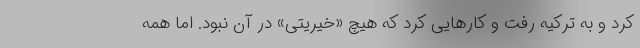
کرد و به ترکیه رفت و کارهایی کرد که هیچ «خیریتی» در آن نبود. اما همه